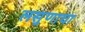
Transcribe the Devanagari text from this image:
लसुणाचा